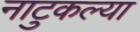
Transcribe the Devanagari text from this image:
नाटुकल्या